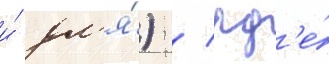
и́ дл'я́) / гд'е́